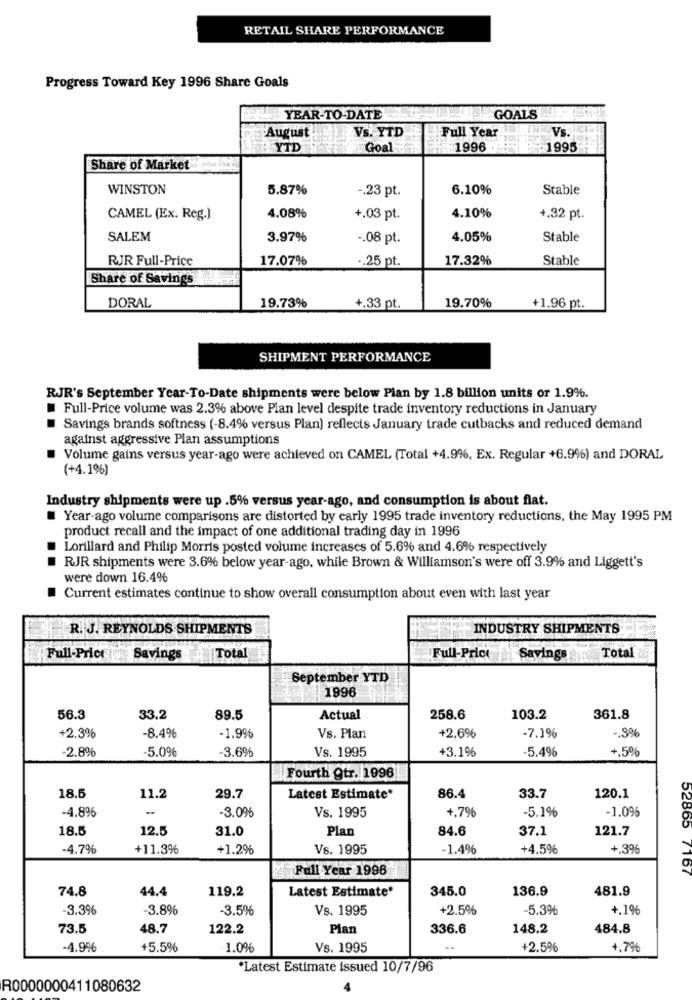
RETAIL SHARE PERFORMANCE
Progress Toward Key 1996 Share Goals
YEAR-TO-DATE
GOALS
VS. YTD
Full Year
Vs.
August
YTD
Goal
1996
1995
Share of Market
WINSTON
5.87%
-. 23 pt.
6.10%
Stable
CAMEL (Ex. Reg.)
4.08%
+.03 pt.
4.10%
+.32 pt.
SALEM
3.97%
-. 08 pt.
4.05%
Stable
RJR Full-Price
17.07%
17.32%
Stable
.. 25 pt.
Share of Savings
DORAL
19.73%
+.33 pt.
19.70%
+1.96 pt.
SHIPMENT PERFORMANCE
RJR's September Year-To-Date shipments were below Plan by 1.8 billion units or 1.9%.
Full-Price volume was 2.3% above Plan level despite trade inventory reductions in January
Savings brands softness (-8.4% versus Plan) reflects January trade cutbacks and reduced demand
against aggressive Plan assumptions
Volume gains versus year-ago were achieved on CAMEL (Total +4.9%, Ex. Regular +6.9%) and DORAL
(+4.1%)
Industry shipments were up .5% versus year-ago, and consumption is about flat.
Year-ago volume comparisons are distorted by early 1995 trade inventory reductions, the May 1995 PM
product recall and the impact of one additional trading day in 1996
Lorillard and Philip Morris posted volume increases of 5.6% and 4.6% respectively
RJR shipments were 3.6% below year-ago, while Brown & Williamson's were off 3.9% and Liggett's
were down 16.4%
Current estimates continue to show overall consumption about even with last year
R. J. REYNOLDS SHIPMENTS
INDUSTRY SHIPMENTS
Full-Price
Savings
Total
Full-Price
Savings
Total
September YTD
1996
56.3
33.2
89.5
Actual
258.6
103.2
361.8
-8.4%
-7.1%
+2.3%
-1.9%
Vs. Plan
+2.6%
-. 8%
-2.8%
-5.0%
-3.6%
Vs. 1995
+3.1%
-5.4%
+.5%
Fourth gtr. 1996!
18.5
11.2
29.7
Latest Estimate*
86.4
33.7
120.1
-4.8%
-3.0%
Vs. 1995
+.76
-5.1%
-1.096
18.5
12.5
31.0
Plan
84.6
37.1
121.7
-4.7%
+11.3%
+1.2%
Vs. 1995
-1.4%
+4.5%
+.3%
Full Year 1996
52865 7167
74.8
44.4
119.2
Latest Estimate*
345.0
136.9
481.9
-3.36
3.8%
-3.5%
Vs. 1995
+2.5%
-5.3%
+.1%
73.5
48.7
122.2
Plan
336.6
148.2
484.8
-4.9%
+5.5%
1.0%
Vs. 1995
+2.5%
+,7%
*Latest Estimate issued 10/7/96
R0000000411080632